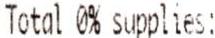
TOTAL 0% SUPPLIES: